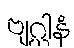
ဗျဂ္ဃါနံ